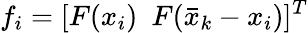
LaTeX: f_{i}=[F(x_{i})\ \ F(\bar{x}_{k}-x_{i})]^{T}